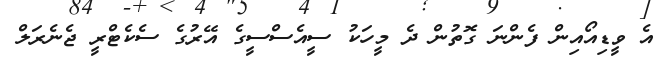
އެ ވީޑިއޯއިން ފެންނަ ގޮތުން ދެ މީހަކު ސީއެސްސީގެ އޭރުގެ ސެކެޓްރީ ޖެނެރަލް